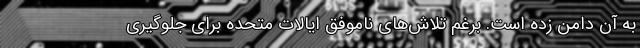
به آن دامن زده است. برغم تلاش­‌های ناموفق ایالات متحده برای جلوگیری